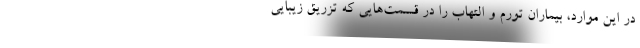
در این موارد، بیماران تورم و التهاب را در قسمت‌هایی که تزریق زیبایی